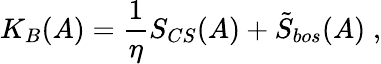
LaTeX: K_{B}(A)=\frac 1\eta S_{CS}(A)+\tilde{S}_{bos}(A)\; ,